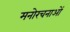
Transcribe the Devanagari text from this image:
मनोरचनाओं